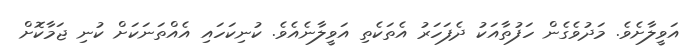
އަވީލާށެވެ. މަދުވެގެން ހަފުތާއަކު ދެފަހަރު އެތަކެތި އަވީލާނެއެވެ. ކުނިކަހައި އެއްތަނަކަށް ކުނި ޖަމާކޮށް